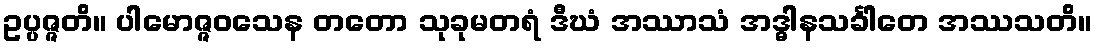
ဥပ္ပဇ္ဇတိ။ ပါမောဇ္ဇဝသေန တတော သုခုမတရံ ဒီဃံ အဿာသံ အဒ္ဓါနသင်္ခါတေ အဿသတိ။